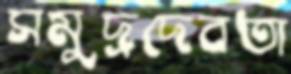
সমুদ্রদেবতা